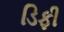
ડિફી